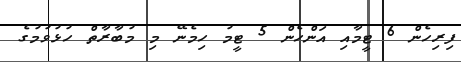
ފިރިހެން 6 ޓީމާއި އަންހެން 5 ޓީމު ހިމެނޭ މި މުބާރާތް ހުޅުވުމުގެ